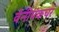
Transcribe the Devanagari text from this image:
वेनीपंकचर